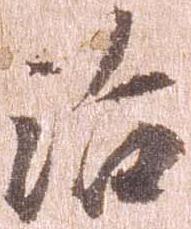
治